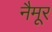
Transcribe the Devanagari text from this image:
नैमूर